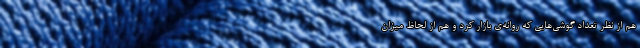
هم از نظر تعداد گوشی‌هایی که روانه‌ی بازار کرد و هم از لحاظ میزان